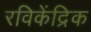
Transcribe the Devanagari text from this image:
रविकेंद्रिक